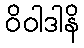
ဝိဝါဒါနိ